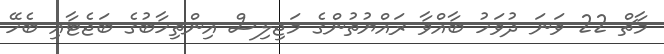
މާޗް 22 ވަނަ ދުވަހު ބާއްވާ ރައްޔުތުންގެ މަޖިލިސް އިންތިހާބުގެ ބަޖެޓާއި ބެހޭ